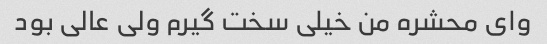
وای محشره من خیلی سخت گیرم ولی عالی بود